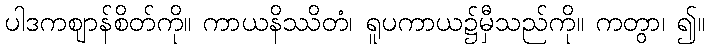
ပါဒကဈာန်စိတ်ကို။ ကာယနိဿိတံ၊ ရူပကာယ၌မှီသည်ကို။ ကတွာ၊ ၍။